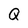
Character: Q